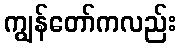
ကျွန်တော်ကလည်း